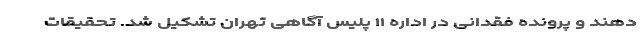
دهند و پرونده فقدانی در اداره ۱۱ پلیس آگاهی تهران تشکیل شد. تحقیقات